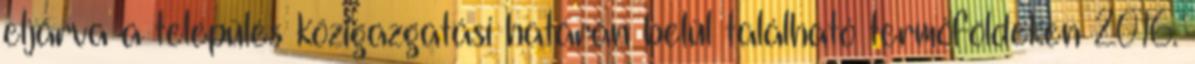
eljárva a település közigazgatási határán belül található termőföldeken 2016.